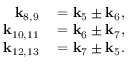
\begin{array} { r l } { \mathbf { k } _ { 8 , 9 } } & { { } = \mathbf { k } _ { 5 } \pm \mathbf { k } _ { 6 } , } \\ { \mathbf { k } _ { 1 0 , 1 1 } } & { { } = \mathbf { k } _ { 6 } \pm \mathbf { k } _ { 7 } , } \\ { \mathbf { k } _ { 1 2 , 1 3 } } & { { } = \mathbf { k } _ { 7 } \pm \mathbf { k } _ { 5 } . } \end{array}